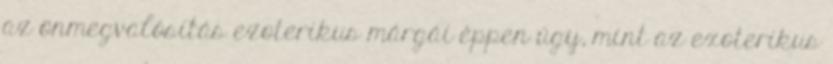
az önmegvalósítás ezoterikus márgái éppen úgy, mint az exoterikus